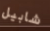
شابيل